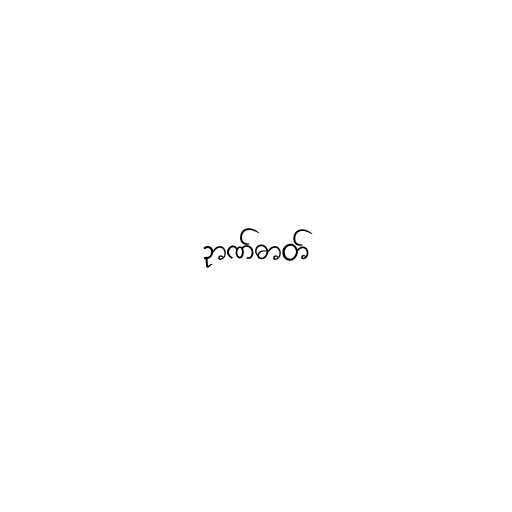
ဉာဏ်ဓာတ်